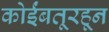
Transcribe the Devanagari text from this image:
कोईंबतूरहून